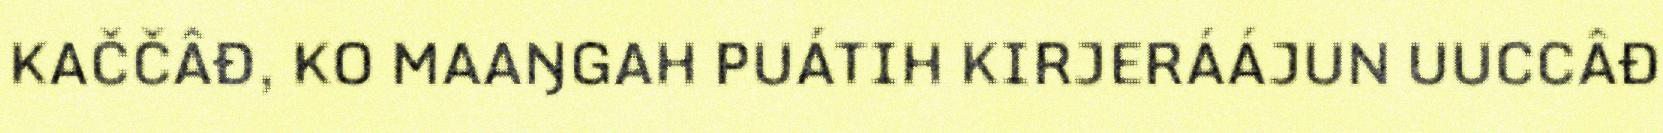
KAČČÂĐ, KO MAAŊGAH PUÁTIH KIRJERÁÁJUN UUCCÂĐ